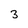
Character: 3